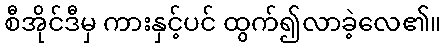
စီအိုင်ဒီမှ ကားနှင့်ပင် ထွက်၍လာခဲ့လေ၏။